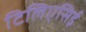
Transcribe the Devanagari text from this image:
टिलिएसिई